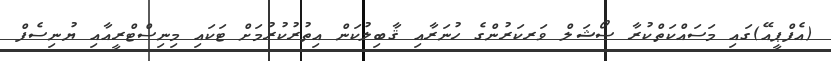
(އެފްޕީއޭ)ގައި މަސައްކަތްކުރާ ސޯޝަލް ވަރކަރުންގެ ހުނަރާއި ޤާބިލުކަން އިތުރުކުރުމަށް ޓަކައި މިނިސްޓްރީއާއި ޔުނިސެފް